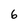
Character: 6